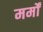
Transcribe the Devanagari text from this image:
मर्मों